[Report on the health of British troops in the Madras command]
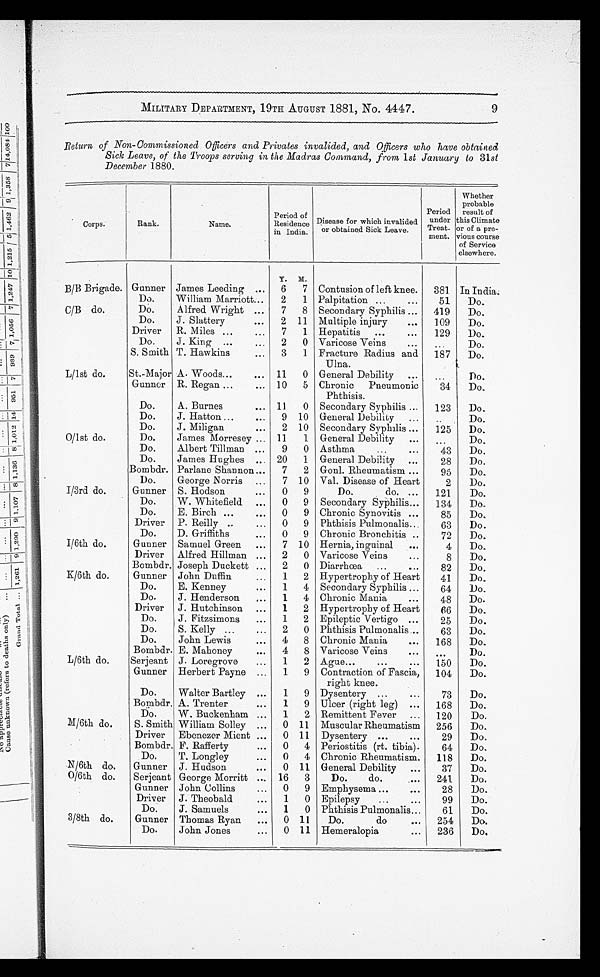
MILITARY DEPARTMENT, 19TH AUGUST 1881, No. 4447.
9
Return of Non-Commissioned Officers and Privates invalided, and Officers who have obtained
Sick Leave, of the Troops serving in the Madras Command, from 1st January to 31st
December 1880.
Corps.
Rank.
Name.
Period of
Residence
in India.
Disease for which invalided
or obtained Sick Leave.
Period
under
Treat-
ment.
Whether
probable
result of
this Climate
or of a pre-
vious course
of Service
elsewhere.
Y. M.
B/B Brigade. Gunner James Leeding ...
6
7 Contusion of left knee.
381 In India.
Do.
William Marriott...
2
1 Palpitation ...
...
51
Do.
C/B do.
Do.
Alfred Wright ...
7
8 Secondary Syphilis ...
419
Do.
Do.
J. Slattery
. . .
2 11 Multiple injury
...
109
Do.
Driver
R. Miles ..
. . .
7
1 Hepatitis
...
...
129
Do.
Do.
J. King ...
...
2
0 Varicose Veins
...
...
Do.
S. Smith T. Hawkins
. . .
3
1 Fracture Radius and
Ulna.
187
Do.
L/1st do.
St.-Major A. Woods...
... 11
0 General Debility ...
...
Do.
Gunner R. Regan ..
. . .
10
5 Chronic Pneumonic
Phthisis.
34
Do.
Do.
A. Burnes
... 11
0 Secondary Syphilis ...
123
Do.
Do.
J. Hatton ...
. . .
9 10 General Debility
...
. . .
Do.
Do.
J. Miligan
. . .
2 10 Secondary Syphilis ...
125
Do.
0/1st do.
Do.
James Morresey ... 11
1 General Debility
...
...
Do.
Do.
Albert Tillman ...
9
0 Asthma
...
...
43
Do.
Do.
James Hughes ... 20
1 General Debility ...
28
Do.
Bombdr. Parlane Shannon ...
7
2 Gonl. Rheumatism ...
95
Do.
Do.
George Norris ...
7 10 Val. Disease of Heart
2
Do.
I/3rd do.
Gunner S. Hodson
...
0
9
Do.
do. ...
121
Do.
Do.
W. Whitefield ...
0
9 Secondary Syphilis...
134
Do.
Do.
E. Birch ...
. . .
0
9 Chronic Synovitis ...
85
Do.
Driver P. Reilly ..
...
0
9 Phthisis Pulmonalis...
63
Do.
Do.
D. Griffiths
...
0
9 Chronic Bronchitis ..
72
Do.
I/6th do.
Gunner Samuel Green
...
7 10 Hernia, in guinal
...
4
Do.
Driver Alfred Hillman ...
2
0 Varicose Veins
...
8
Do.
Bombdr. Joseph Duckett ...
2
0 Diarrhœa
...
...
82
Do.
K/6th do.
Gunner John Duffin
...
1
2 Hypertrophy of Heart
41
Do.
Do.
E. Kenney
...
1
4 Secondary Syphilis ...
64
Do.
Do.
J. Henderson
...
1
4 Chronic Mania
...
48
Do.
Driver J. Hutchinson ...
1
2 Hypertrophy of Heart
66
Do.
Do.
J. Fitzsimons
...
1
2 Epileptic Vertigo ...
25
Do.
Do.
S. Kelly ...
...
2
0 Phthisis Pulmonalis...
63
Do.
Do.
John Lewis
. . .
4
8 Chronic Mania
...
168
Do.
Bombdr. E. Mahoney
...
4
8 Varicose Veins
. . .
Do.
L/6th do.
Serjeant J. Loregrove
...
1
2 Ague...
...
...
150
Do.
Gunner Herbert Payne ...
1
9 Contraction of Fascia,
right knee.
104
Do.
Do.
Walter Bartley ...
1
9 Dysentery ...
• • •
73
Do.
Bombdr. A. Trenter
.,.
1
9 Ulcer (right leg) ...
168
Do.
Do.
W. Buckenham ...
1
2 Remittent Fever ...
120
Do.
M/6th do.
S. Smith William Solley ...
0 11 Muscular Rheumatism
256
Do.
Driver Ebenezer Mient ...
0 11 Dysentery ...
..
29
Do.
Bombdr. F. Rafferty
...
0
4 Periostitis (rt. tibia).
64
Do.
Do.
T. Longley
. . .
0
4 Chronic Rheumatism.
118
Do.
N/6th do.
Gunner J. Hudson
...
0 11 General Debility ...
37
Do.
0/6th do.
Serjeant George Morritt ... 16
3
Do.
do.
...
241
Do.
Gunner John Collins
...
0
9 Emphysema ...
...
28
Do.
Driver J. Theobald
...
1
0 Epilepsy
...
...
99
Do.
Do.
J. Samuels
...
1
0 Phthisis Pulmonalis ...
61
Do.
3/8th do.
Gunner Thomas Ryan
...
0 11
Do.
do
...
254
Do.
Do.
John Jones
...
0 11 Hemeralopia
...
236
Do.